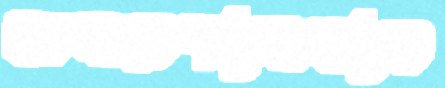
আমারশ্যামাব্যত